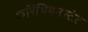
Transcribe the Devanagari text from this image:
केरिंथियनस्टेट